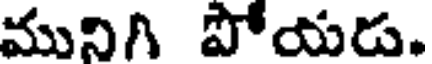
మునిగి పోయడ.